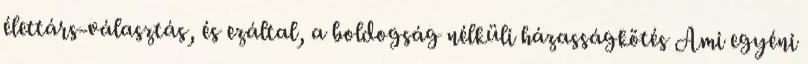
élettárs-választás, és ezáltal, a boldogság nélküli házasságkötés Ami egyéni